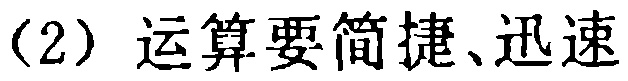
(2) 运算要简捷、迅速